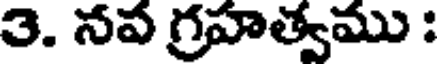
3. నవ గ్రహత్వము :